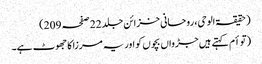
(حقیقۃ الوحی، روحانی خزائن جلد 22 صفحہ 209)
(توأم کہتے ہیں جڑواں بچوں کو اور یہ مرزا کا جھوٹ ہے۔